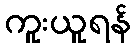
ကူးယူရန်